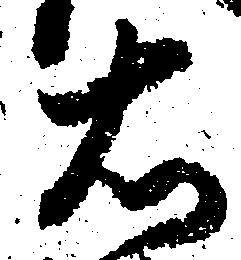
右